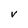
Character: v